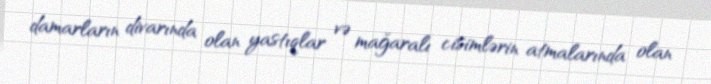
damarların divarında olan yastıqlar və mağaralı cisimlərin atmalarında olan